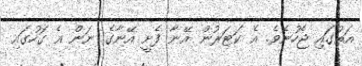
އަތުގައި ޖެހުނެވެ. އެ ކަޓަރުން އޭނާ ފެށީ އޭނާގެ ނަން އެ ގަހުގައި